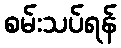
စမ်းသပ်ရန်